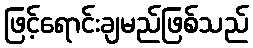
ဖြင့်ရောင်းချမည်ဖြစ်သည်